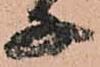
子